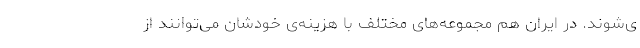
ی‌شوند. در ایران هم مجموعه‌های مختلف با هزینه‌ی خودشان می‌توانند از